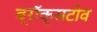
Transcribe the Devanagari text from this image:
ब्रॉक्सटोव